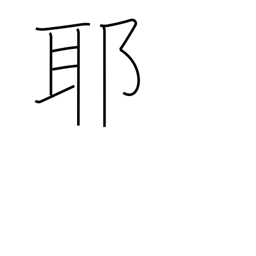
Meaning: question mark